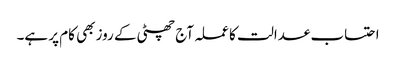
احتساب عدالت کا عملہ آج چھٹی کے روز بھی کام پر ہے۔